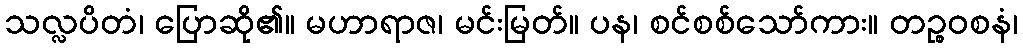
သလ္လပိတံ၊ ပြောဆို၏။ မဟာရာဇ၊ မင်းမြတ်။ ပန၊ စင်စစ်သော်ကား။ တဉ္စဝစနံ၊